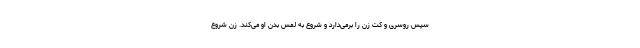
سپس روسری و کت زن را برمی‌دارد و شروع به لمس بدن او می‌کند. زن شروع